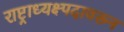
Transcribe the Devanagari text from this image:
राष्ट्राध्यक्ष्पदावरून